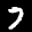
Label: 7